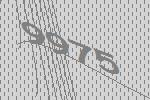
9975